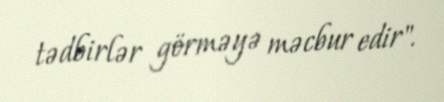
tədbirlər görməyə məcbur edir".